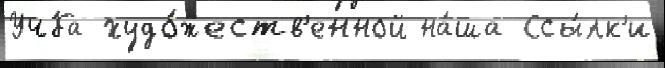
Уч́ба худо́жеств'енной на́ша Ссы́лк'и